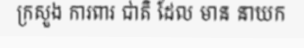
ក្រសួង ការពារ ជាតិ ដែល មាន នាយក